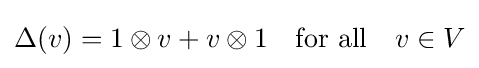
\Delta (v)=1\otimes v+v\otimes 1\quad {\text{for all}}\quad v\in V